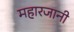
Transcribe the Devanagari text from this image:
महारजानी